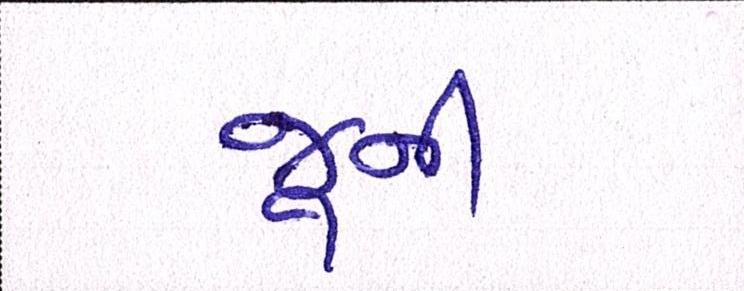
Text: જૂની